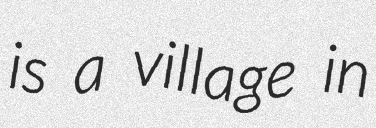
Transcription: is a village in